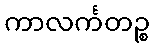
ကာလင်္ကတဉ္စ